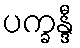
ပက္ခန္ဒီ